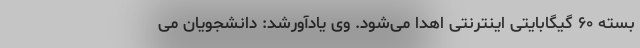
بسته ۶۰ گیگابایتی اینترنتی اهدا می‌شود. وی یادآورشد: دانشجویان می